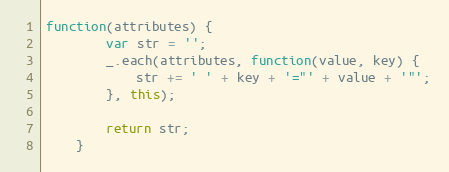
Language: JavaScript
function(attributes) {
        var str = '';
        _.each(attributes, function(value, key) {
            str += ' ' + key + '="' + value + '"';
        }, this);

        return str;
    }